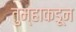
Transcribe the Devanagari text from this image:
तुम्हाकडून